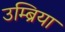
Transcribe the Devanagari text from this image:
उम्ब्रिया